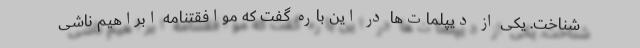
شناخت. یکی از دیپلمات‌ها در این باره گفت که موافقتنامه ابراهیم ناشی